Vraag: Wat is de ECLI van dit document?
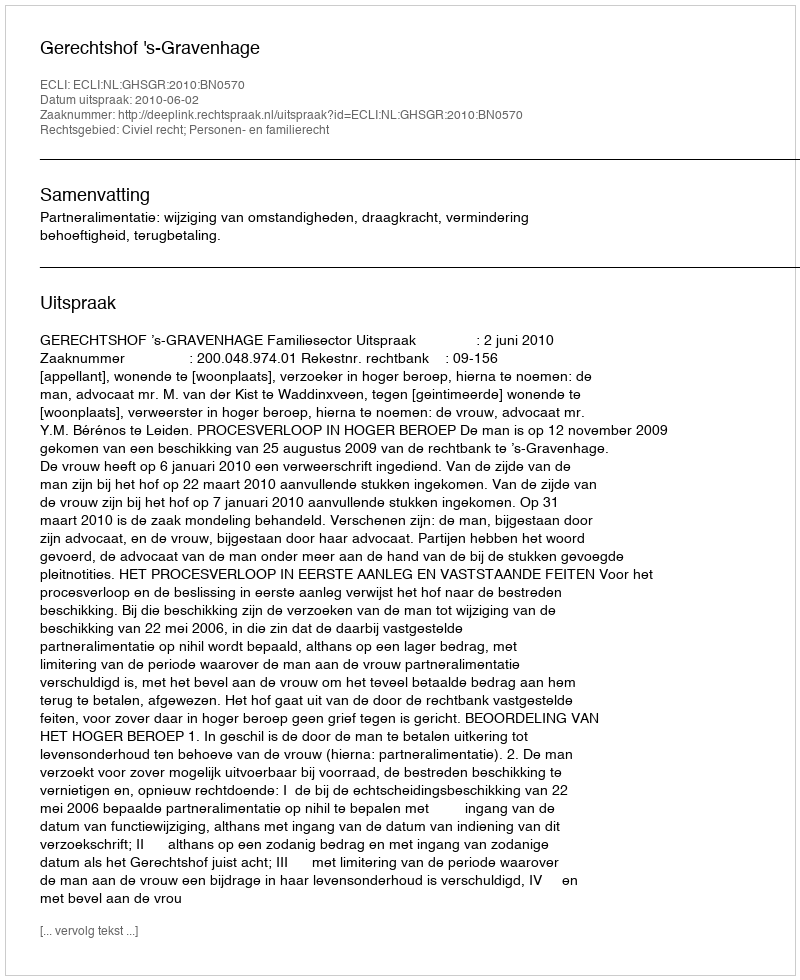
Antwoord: ECLI:NL:GHSGR:2010:BN0570